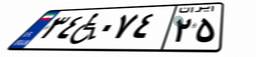
۷۴W۸۵۹۳۰